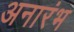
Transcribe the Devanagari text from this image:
अनारंभ